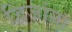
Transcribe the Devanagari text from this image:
द्विजांना